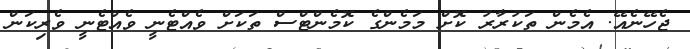
ޖެހޭނެއޭ. އެމެން ތަކުރާރު ކޮށް މަމެންގެ ކޮމެންޓްސް ތަކަށް ވެއްޓެނީ ވެއްޓެނީ ވެރިކަން